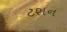
ટશન